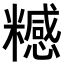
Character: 𥽇